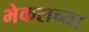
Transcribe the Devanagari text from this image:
भेकराच्या